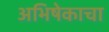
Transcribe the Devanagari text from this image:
अभिषेकाचा